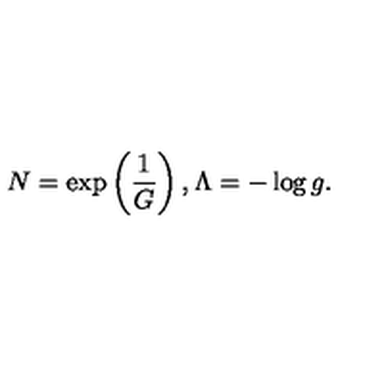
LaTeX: N = \exp \left( \frac { 1 } { G } \right) , \Lambda = - \log g .